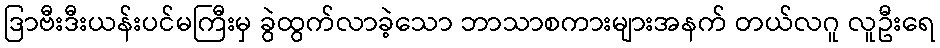
ဒြာဗီးဒီးယန်းပင်မကြီးမှ ခွဲထွက်လာခဲ့သော ဘာသာစကားများအနက် တယ်လဂူ လူဦးရေ